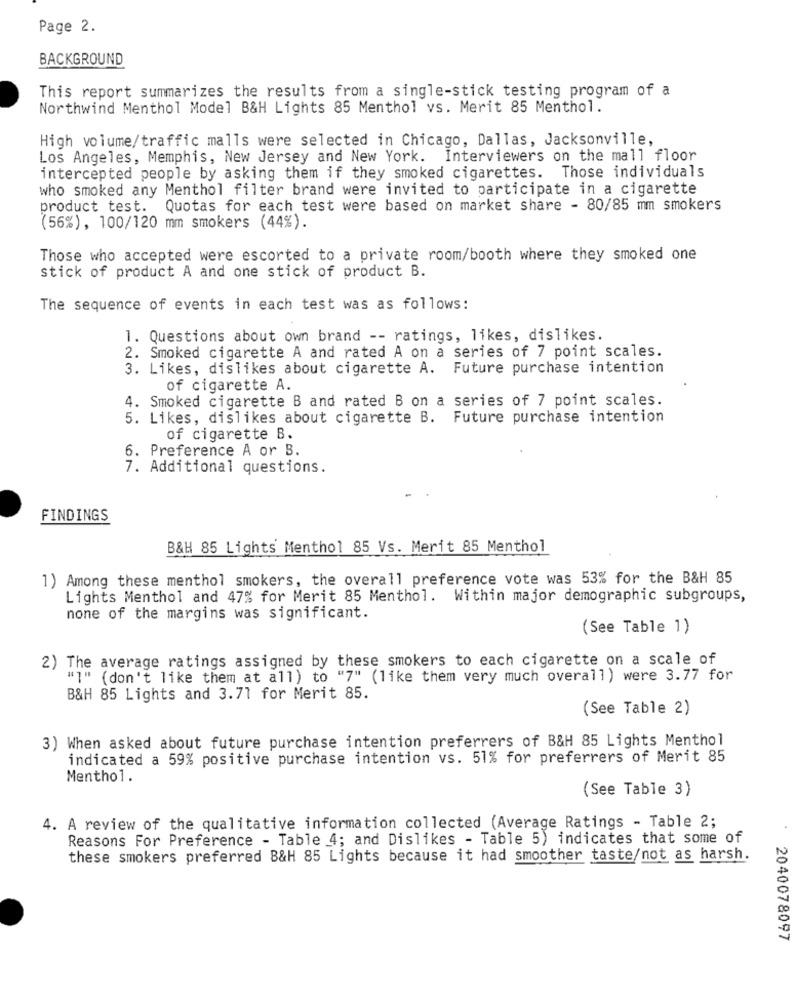
Page 2.
BACKGROUND
This report summarizes the results from a single-stick testing program of a
Northwind Menthol Model B&H Lights 85 Menthol vs. Merit 85 Menthol.
High volume/traffic malls were selected in Chicago, Dallas, Jacksonville,
Los Angeles, Memphis, New Jersey and New York. Interviewers on the mall floor
intercepted people by asking them if they smoked cigarettes. Those individuals
who smoked any Menthol filter brand were invited to participate in a cigarette
product test. Quotas for each test were based on market share - 80/85 mm smokers
(56%), 100/120 mm smokers (44%).
Those who accepted were escorted to a private room/booth where they smoked one
stick of product A and one stick of product B.
The sequence of events in each test was as follows:
1. Questions about own brand -- ratings, likes, dislikes.
2. Smoked cigarette A and rated A on a series of 7 point scales.
3. Likes, dislikes about cigarette A. Future purchase intention
of cigarette A.
4. Smoked cigarette B and rated B on a series of 7 point scales.
5. Likes, dislikes about cigarette B. Future purchase intention
of cigarette B.
6. Preference A or B.
7. Additional questions.
FINDINGS
B&H 85 Lights Menthol 85 Vs. Merit 85 Menthol
1) Among these menthol smokers, the overall preference vote was 53% for the B&H 85
Lights Menthol and 47% for Merit 85 Menthol. Within major demographic subgroups,
none of the margins was significant.
(See Table 1)
2) The average ratings assigned by these smokers to each cigarette on a scale of
"]" (don't like them at all) to "7" (like them very much overall) were 3.77 for
B&H 85 Lights and 3.71 for Merit 85.
(See Table 2)
3) When asked about future purchase intention preferrers of B&H 85 Lights Menthol
indicated a 59% positive purchase intention vs. 51% for preferrers of Merit 85
Menthol.
(See Table 3)
4. A review of the qualitative information collected (Average Ratings - Table 2;
Reasons For Preference - Table 4; and Dislikes - Table 5) indicates that some of
these smokers preferred B&H 85 Lights because it had smoother taste/not as harsh.
2040078097